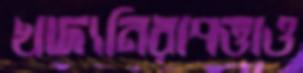
খাদ্যনিরাপত্তাও